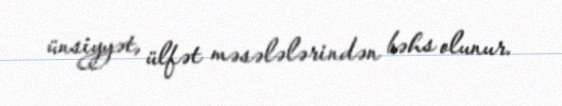
ünsiyyət, ülfət məsələlərindən bəhs olunur.